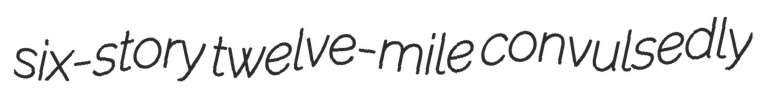
six-story twelve-mile convulsedly